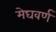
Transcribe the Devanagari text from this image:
मेघवर्ण